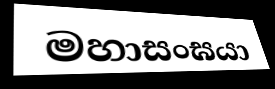
මහාසංඝයා